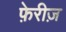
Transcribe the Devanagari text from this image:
फ़ेरीज़